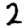
Digit: 2